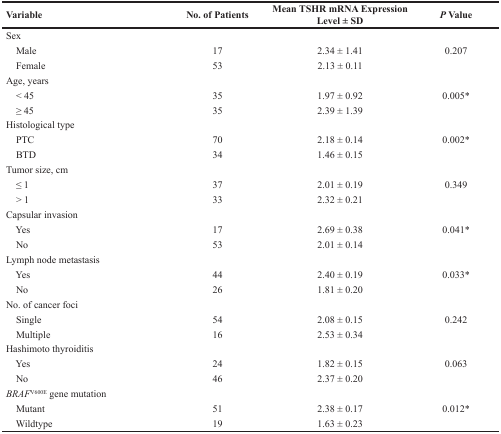
| Variable | No. of Patients | Mean TSHR mRNA Expression Level ± SD | P Value |
 | --- | --- | --- | --- |
 | Sex |  |  |  |
 | Male | 17 | 2.34 ± 1.41 | 0.207 |
 | Female | 53 | 2.13 ± 0.11 |  |
 | Age, years |  |  |  |
 | < 45 | 35 | 1.97 ± 0.92 | 0.005* |
 | ≥ 45 | 35 | 2.39 ± 1.39 |  |
 | Histological type |  |  |  |
 | PTC | 70 | 2.18 ± 0.14 | 0.002* |
 | BTD | 34 | 1.46 ± 0.15 |  |
 | Tumor size, cm |  |  |  |
 | ≤ 1 | 37 | 2.01 ± 0.19 | 0.349 |
 | > 1 | 33 | 2.32 ± 0.21 |  |
 | Capsular invasion |  |  |  |
 | Yes | 17 | 2.69 ± 0.38 | 0.041* |
 | No | 53 | 2.01 ± 0.14 |  |
 | Lymph node metastasis |  |  |  |
 | Yes | 44 | 2.40 ± 0.19 | 0.033* |
 | No | 26 | 1.81 ± 0.20 |  |
 | No. of cancer foci |  |  |  |
 | Single | 54 | 2.08 ± 0.15 | 0.242 |
 | Multiple | 16 | 2.53 ± 0.34 |  |
 | Hashimoto thyroiditis |  |  |  |
 | Yes | 24 | 1.82 ± 0.15 | 0.063 |
 | No | 46 | 2.37 ± 0.20 |  |
 | BRAFV600E gene mutation |  |  |  |
 | Mutant | 51 | 2.38 ± 0.17 | 0.012* |
 | Wildtype | 19 | 1.63 ± 0.23 |  |